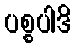
ပစ္စပါဒိ